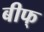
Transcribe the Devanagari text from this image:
बीफ्